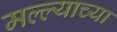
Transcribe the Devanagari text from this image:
मल्ल्याच्या